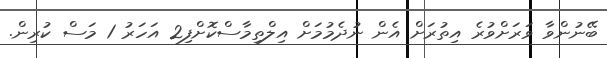
ބޭނުންވާ ވަރަށްވުރެ އިތުރަށް އެން ނުދެމުމަށް އިލްތިމާސްކޮށްފި2 އަހަރު 1 މަސް ކުރިން.